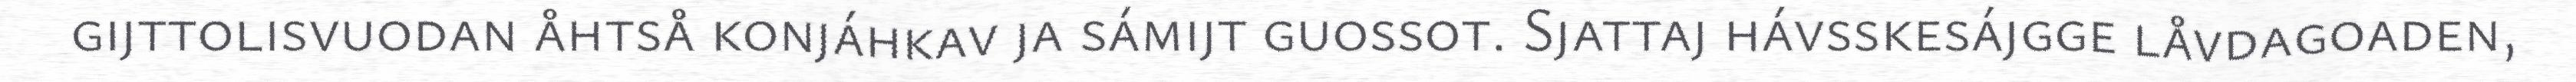
gijttolisvuodan åhtså konjáhkav ja sámijt guossot. Sjattaj hávsskesájgge låvdagoaden,